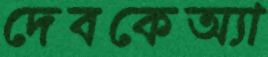
দেবকেঅ্যা